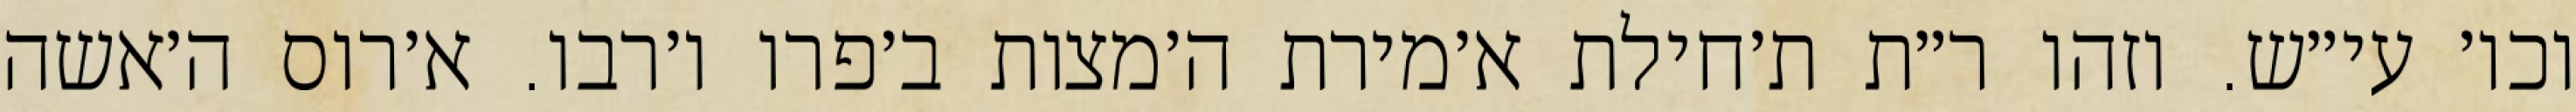
וכו׳ עי״ש. וזהו ר״ת ת׳חילת א׳מירת ה׳מצות ב׳פרו ו׳רבו. א׳רוס ה׳אשה